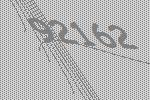
92162